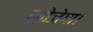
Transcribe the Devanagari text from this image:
खोजेगा।